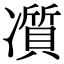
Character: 𠘖